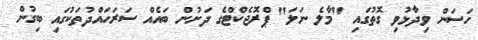
ހަސަން ވިދާޅުވި ގޮތުގައި "މާލެ ނަލަ" ޕްރޮޖެކްޓްގެ ދަށުން ބައެއް ސަރަހައްދުތަކުގައި ބިގުން